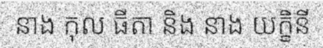
នាង កុល ធីតា និង នាង យក្ខិនី